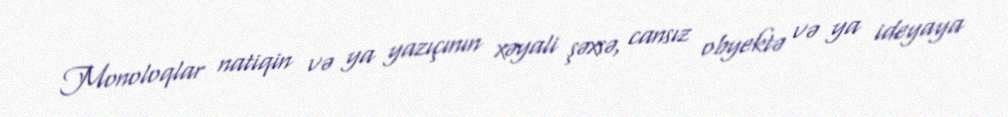
Monoloqlar natiqin və ya yazıçının xəyali şəxsə, cansız obyektə və ya ideyaya